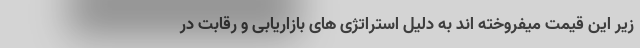
زیر این قیمت میفروخته اند به دلیل استراتژی های بازاریابی و رقابت در